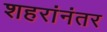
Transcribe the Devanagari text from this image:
शहरांनंतर